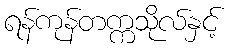
ရန်ကုန်တက္ကသိုလ်နှင့်